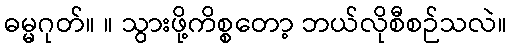
ဓမ္မဂုတ်။ ။ သွားဖို့ကိစ္စတော့ ဘယ်လိုစီစဉ်သလဲ။